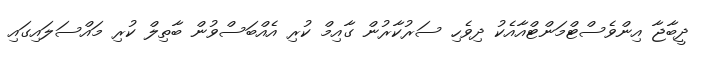
ދީބާޖާ އިންވެސްޓްމަންޓްއާއެކު ދިވެހި ސަރުކާރުން ގާއިމް ކުރި އެއްބަސްވުން ބާތިލް ކުރި މައްސަލައިގައި